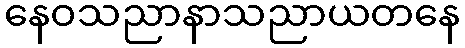
နေဝသညာနာသညာယတနေ